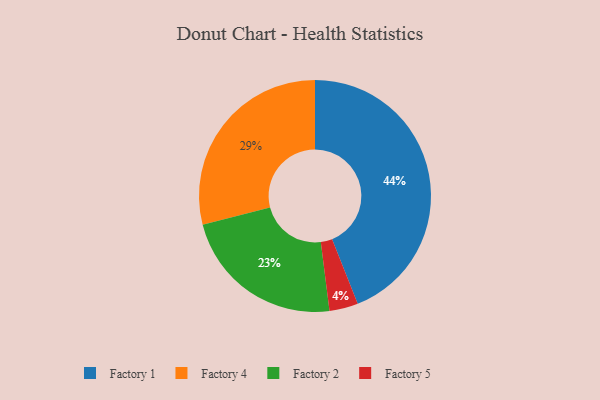
{"axis": {"x": "Category", "y": "Percentage"}, "legend": ["Factory 1", "Factory 2", "Factory 4", "Factory 5"], "data": [{"x": "Factory 5", "y": 4, "type": "Factory 5"}, {"x": "Factory 1", "y": 44, "type": "Factory 1"}, {"x": "Factory 4", "y": 29, "type": "Factory 4"}, {"x": "Factory 2", "y": 23, "type": "Factory 2"}]}